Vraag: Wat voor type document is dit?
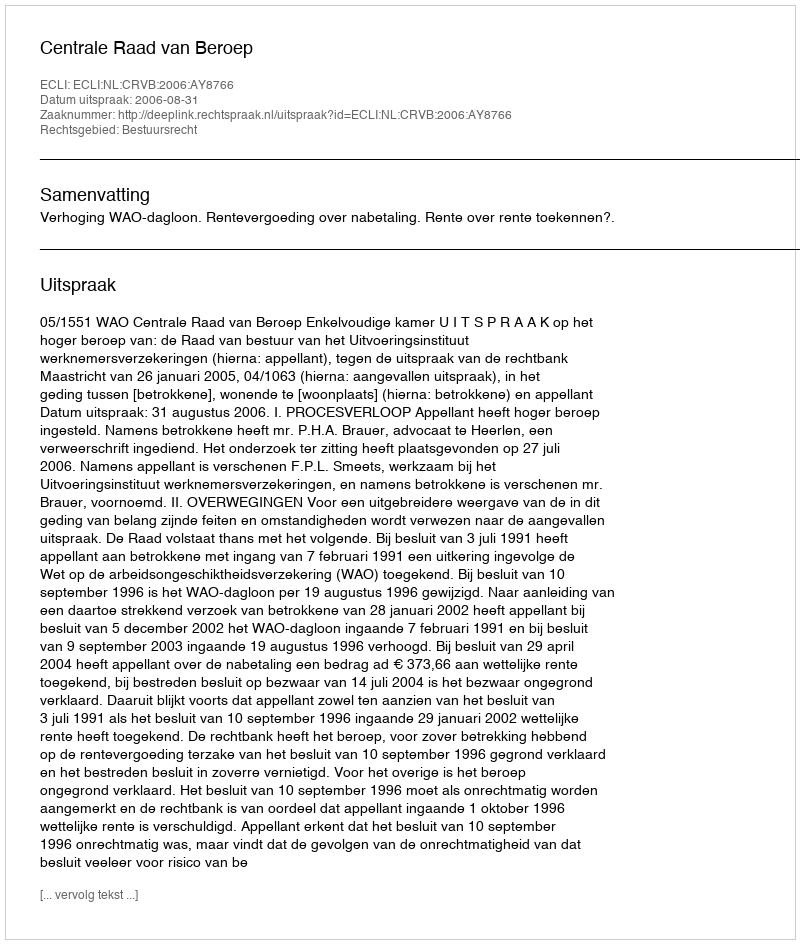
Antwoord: Uitspraak